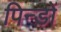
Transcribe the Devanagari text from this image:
पिन्डों